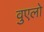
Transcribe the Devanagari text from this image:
वुएलो